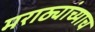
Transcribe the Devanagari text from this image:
मराठ्यांच्याच